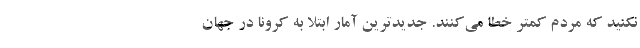
نکنید که مردم کمتر خطا می‌کنند. جدیدترین آمار ابتلا به کرونا در جهان